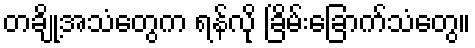
တချို့အသံတွေက ရန်လို ခြိမ်းခြောက်သံတွေ။